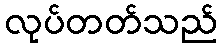
လုပ်တတ်သည်